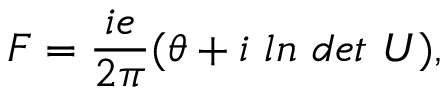
F = \frac { i e } { 2 \pi } ( \theta + i \ l n \ d e t \ U ) ,